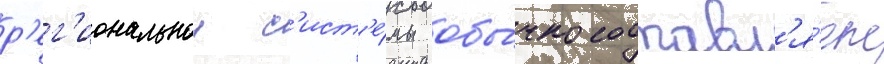
р'ег'иональнои с'ист'е́мы обы́чно составл'я́ет